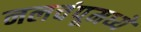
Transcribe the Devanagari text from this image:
नलचंपूमध्ये